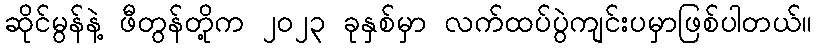
ဆိုင်မွန်နဲ့ ဖီတွန်တို့က ၂၀၂၃ ခုနှစ်မှာ လက်ထပ်ပွဲကျင်းပမှာဖြစ်ပါတယ်။